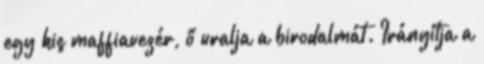
egy kis maffiavezér, ő uralja a birodalmát. Irányítja a